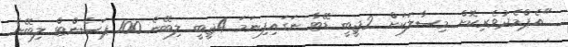
"އެޕްމެދުވެރިކޮށް މިސާލަކަށް 2ޖީބީ ޑޭޓާ ނަގައިފިނަމަ 4ޖީބީ ލިބޭނެ 100 ޕަސެންޓް ލިބޭނެ